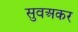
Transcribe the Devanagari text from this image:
सुवअकर